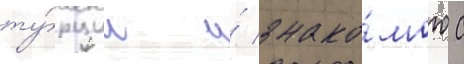
ту́рции и́ знако́мого с